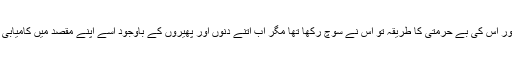
نفرت کے اظہار اور اس کی بے حرمتی کا طریقہ تو اس نے سوچ رکھا تھا مگر اب اتنے دنوں اور پھیروں کے باوجود اسے اپنے مقصد میں کامیابی نہیں ہو سکی تھی۔